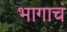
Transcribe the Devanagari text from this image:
भागाचं